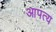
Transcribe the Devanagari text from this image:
आपत्य